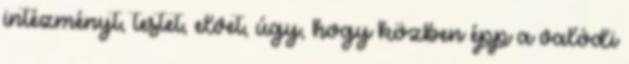
intézményt, testet, elvet, úgy, hogy közben épp a valódi